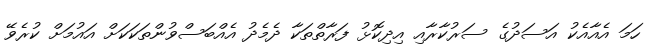
ހަމަ އެއާއެކު އަސަދުގެ ސަރުކާރާއި އިދިކޮޅު ފަރާތްތަކާ ދެމެދު އެއްބަސްވުންތަކަކަށް އައުމަށް ކުރެވޭ